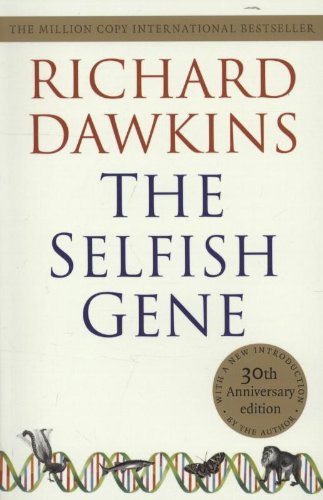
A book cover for The Selfish Gene: 30th Anniversary Edition--with a new Introduction by the Author; Richard Dawkins; Medical Books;